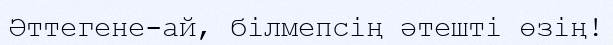
Әттегене-ай, білмепсің әтешті өзің!